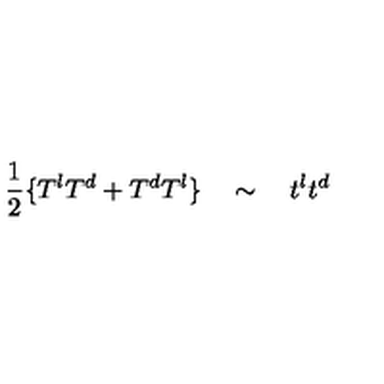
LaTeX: \frac { 1 } { 2 } \{ T ^ { l } T ^ { d } + T ^ { d } T ^ { l } \} \quad \sim \quad t ^ { l } t ^ { d }